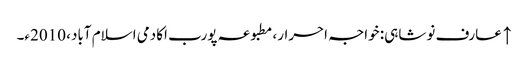
↑ عارف نوشاہی: خواجہ احرار، مطبوعہ پورب اکادمی اسلام آباد، 2010ء۔